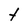
Character: t